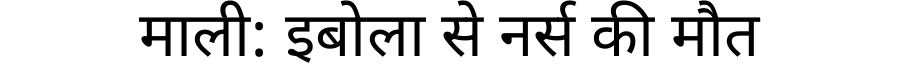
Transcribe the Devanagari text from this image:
माली: इबोला से नर्स की मौत